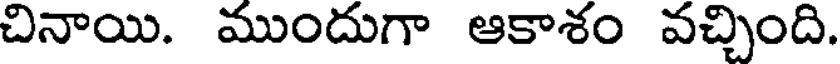
చినాయి. ముందుగా ఆకాశం వచ్చింది.